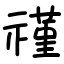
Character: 𬓑